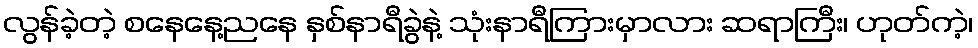
လွန်ခဲ့တဲ့ စနေနေ့ညနေ နှစ်နာရီခွဲနဲ့ သုံးနာရီကြားမှာလား ဆရာကြီး၊ ဟုတ်ကဲ့၊